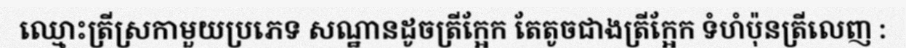
ឈ្មោះត្រីស្រកាមួយប្រភេទ សណ្ឋានដូចត្រីក្អែក តែតូចជាងត្រីក្អែក ទំហំប៉ុនត្រីលេញ :